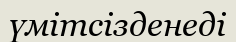
үмітсізденеді